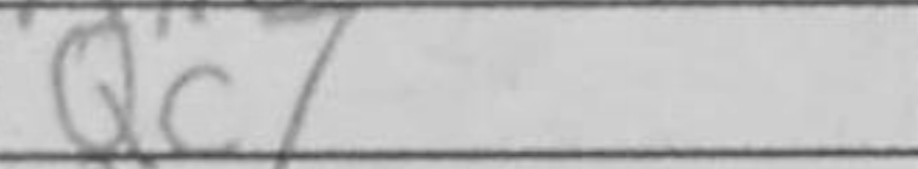
Transcription: Qc7